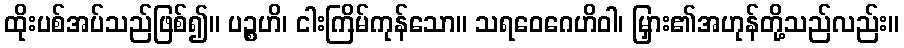
ထိုးပစ်အပ်သည်ဖြစ်၍။ ပဉ္စဟိ၊ ငါးကြိမ်ကုန်သော။ သရဝေဂေဟိဝါ၊ မြှား၏အဟုန်တို့သည်လည်း။